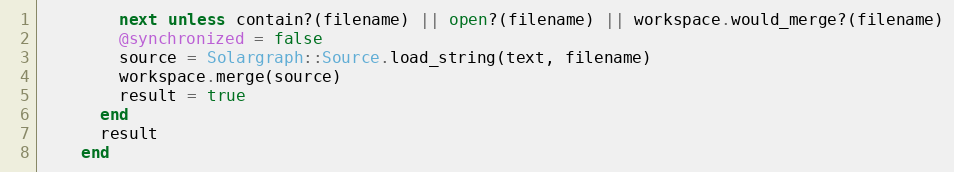
Language: Ruby
        next unless contain?(filename) || open?(filename) || workspace.would_merge?(filename)
        @synchronized = false
        source = Solargraph::Source.load_string(text, filename)
        workspace.merge(source)
        result = true
      end
      result
    end